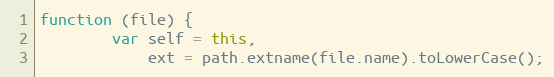
Language: JavaScript
function (file) {
        var self = this,
            ext = path.extname(file.name).toLowerCase();